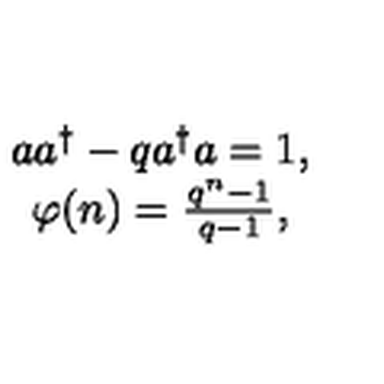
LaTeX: \begin{array} { c } { a a ^ { \dagger } - q a ^ { \dagger } a = 1 , } \\ { \varphi ( n ) = \frac { q ^ { n } - 1 } { q - 1 } , } \\ \end{array}